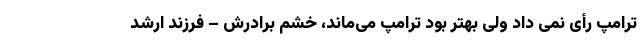
ترامپ رأی نمی داد ولی بهتر بود ترامپ می‌ماند، خشم برادرش – فرزند ارشد